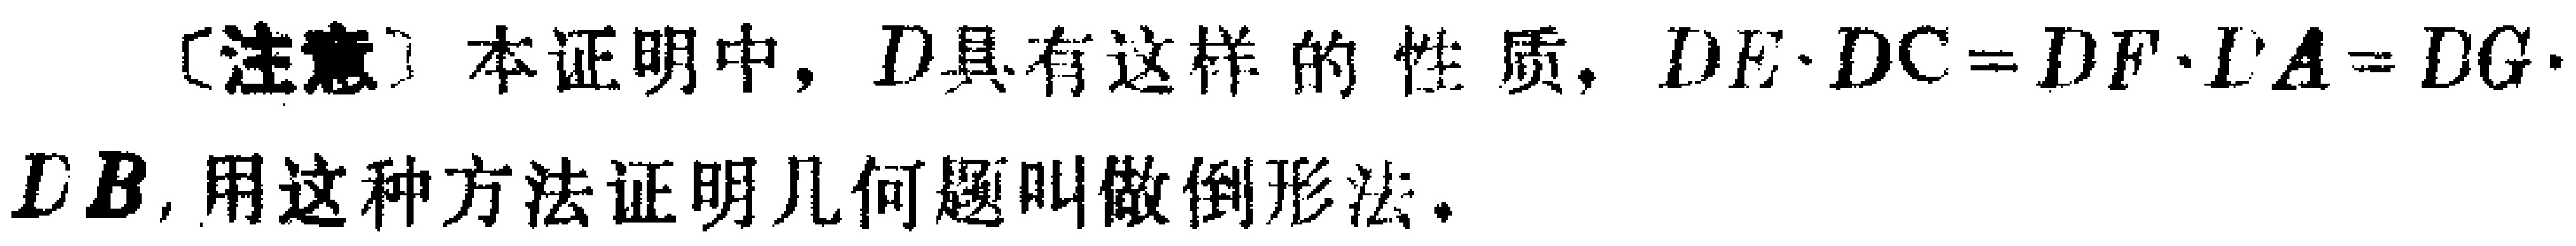
[注意] 本证明中, \(D\)具有这样的性质, \(DE\cdot DC = DF\cdot DA=DG\cdot DB\), 用这种方法证明几何题叫做倒形法。